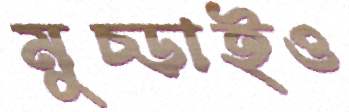
মুচ্‌ড়াইও